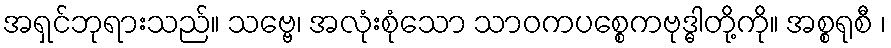
အရှင်ဘုရားသည်။ သဗ္ဗေ၊ အလုံးစုံသော သာဝကပစ္စေကဗုဒ္ဓါတို့ကို။ အစ္စရုစီ ၊